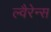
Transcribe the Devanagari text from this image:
ल्वैरेन्स